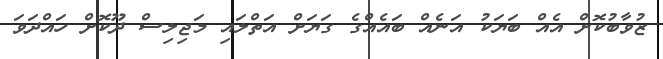
ޒުވާބުކޮށް އެއް ބަޔަކު އަނެއް ބައެއްގެ ގަޔަށް އަތްލައި މަޖިލިސް ދޫކޮށް ހައްދަވަ